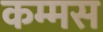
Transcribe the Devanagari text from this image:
कम्मस